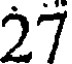
27